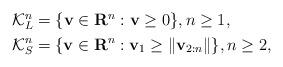
LaTeX: \begin{align*}\begin{aligned}&\mathcal{K}_{L}^{n}=\{\mathbf{v }\in {{\mathbf{R}}^{n}}:\mathbf{v }\ge 0\}, n\ge 1, \\&\mathcal{K}_{S}^{n}=\{\mathbf{v }\in {{\mathbf{R}}^{n}}:{{\mathbf{v }}_{1}}\ge \left\| {{\mathbf{v }}_{2:n}} \right\|\}, n\ge2,\end{aligned}\end{align*}